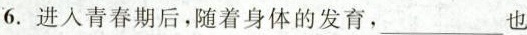
6.进入青春期后，随着身体的发育，___也